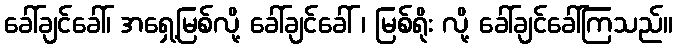
ခေါ်ချင်ခေါ်၊ အရှေ့မြစ်လို့ ခေါ်ချင်ခေါ် ၊ မြစ်ရိုး လို့ ခေါ်ချင်ခေါ်ကြသည်။